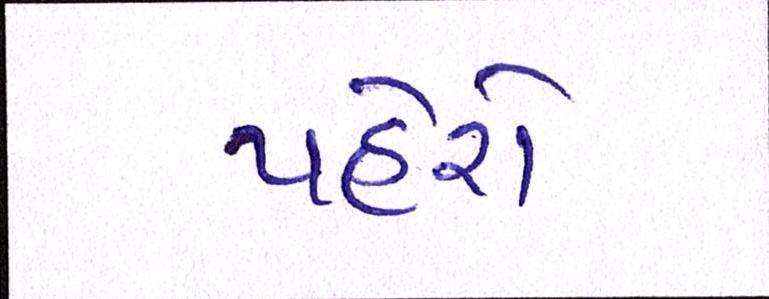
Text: પહેરો